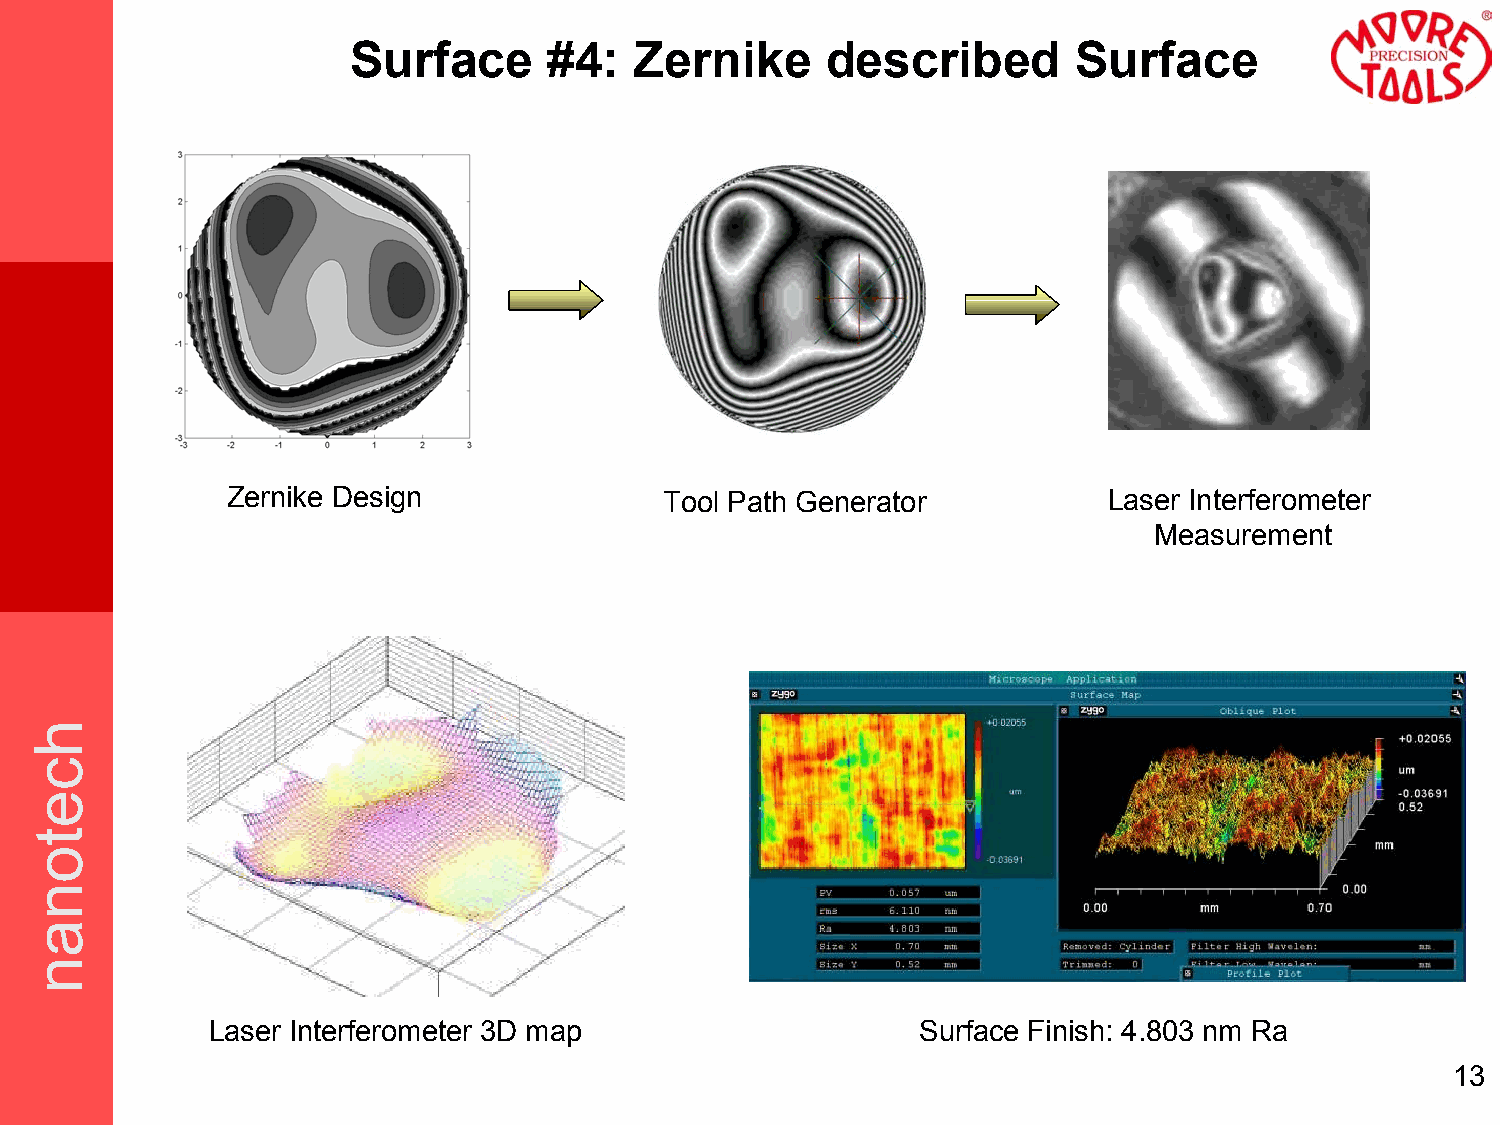
Surface      #4:   Zernike      described       Surface
 Zernike Design               Tool Path Generator          Laser Interferometer
 Measurement
 Laser Interferometer 3D map                    Surface Finish: 4.803 nm Ra
 13
 hcetonan